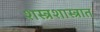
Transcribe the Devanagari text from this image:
शस्त्रशास्त्रात